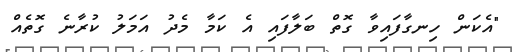
"އެކަން ހިނގާފައިވާ ގޮތް ބަލާފައި އެ ކަމާ މެދު އަމަލު ކުރާނެ ގޮތެއް